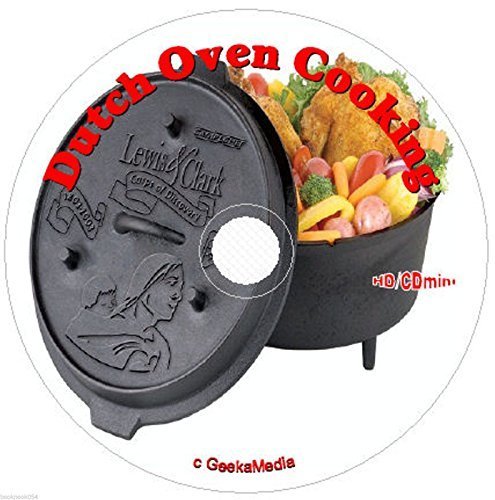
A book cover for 10,000 Dutch Oven Recipes! C102; GeekaMedia; Cookbooks, Food & Wine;